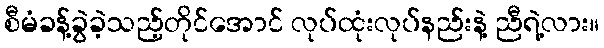
စီမံခန့်ခွဲခဲ့သည့်တိုင်အောင် လုပ်ထုံးလုပ်နည်းနဲ့ ညီရဲ့လား။